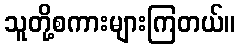
သူတို့စကားများကြတယ်။